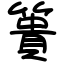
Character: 簣